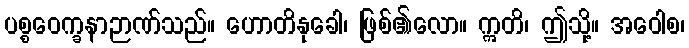
ပစ္စဝေက္ခနာဉာဏ်သည်။ ဟောတိနုခေါ၊ ဖြစ်၏လော။ ဣတိ၊ ဤသို့။ အဝေါစ၊